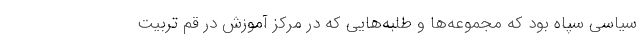
سیاسی سپاه بود که مجموعه‌ها و طلبه‌هایی که در مرکز آموزش در قم تربیت